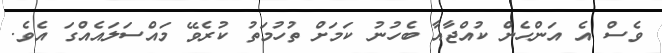
ވެސް އެ އަންހެން ކުއްޖާއާ ބެހުނު ކަމަށް ތުހުމަތު ކުރެވޭ މައްސަލައެއްގަ އެވެ.